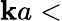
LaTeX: \mathbf{k}a<